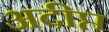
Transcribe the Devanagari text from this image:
अदीप्त